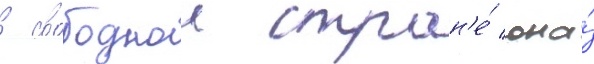
в свободнои стран'е́ она́